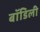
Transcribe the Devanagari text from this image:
बॉडिली